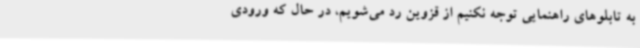
به تابلوهای راهنمایی توجه نکنیم از قزوین رد می‌شویم، در حال که ورودی